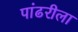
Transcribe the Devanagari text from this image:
पांढरीला